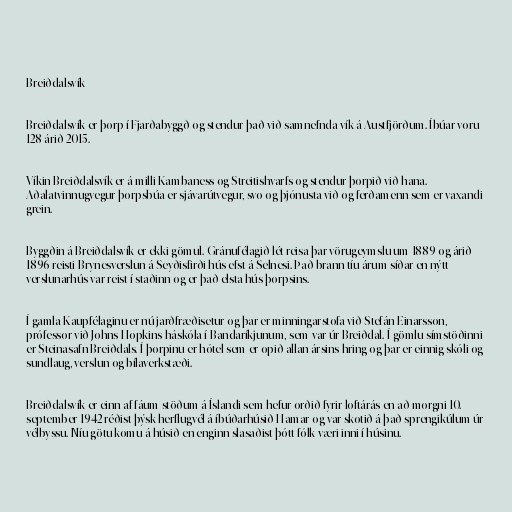
Breiðdalsvík

Breiðdalsvík er þorp í Fjarðabyggð og stendur það við samnefnda vík á Austfjörðum. Íbúar voru
128 árið 2015.

Víkin Breiðdalsvík er á milli Kambaness og Streitishvarfs og stendur þorpið við hana.
Aðalatvinnugvegur þorpsbúa er sjávarútvegur, svo og þjónusta við og ferðamenn sem er vaxandi
grein.

Byggðin á Breiðdalsvík er ekki gömul. Gránufélagið lét reisa þar vörugeymslu um 1889 og árið
1896 reisti Brynesverslun á Seyðisfirði hús efst á Selnesi. Það brann tíu árum síðar en nýtt
verslunarhús var reist í staðinn og er það elsta hús þorpsins.

Í gamla Kaupfélaginu er nú jarðfræðisetur og þar er minningarstofa við Stefán Einarsson,
prófessor við Johns Hopkins-háskóla í Bandaríkjunum, sem var úr Breiðdal. Í gömlu símstöðinni
er Steinasafn Breiðdals. Í þorpinu er hótel sem er opið allan ársins hring og þar er einnig skóli og
sundlaug, verslun og bílaverkstæði.

Breiðdalsvík er einn af fáum stöðum á Íslandi sem hefur orðið fyrir loftárás en að morgni 10.
september 1942 réðist þýsk herflugvél á íbúðarhúsið Hamar og var skotið á það sprengikúlum úr
vélbyssu. Níu götu komu á húsið en enginn slasaðist þótt fólk væri inni í húsinu.